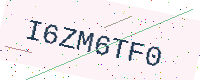
Text: I6ZM6TF0